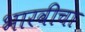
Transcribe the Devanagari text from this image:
भारवीचा